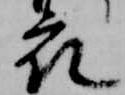
衣